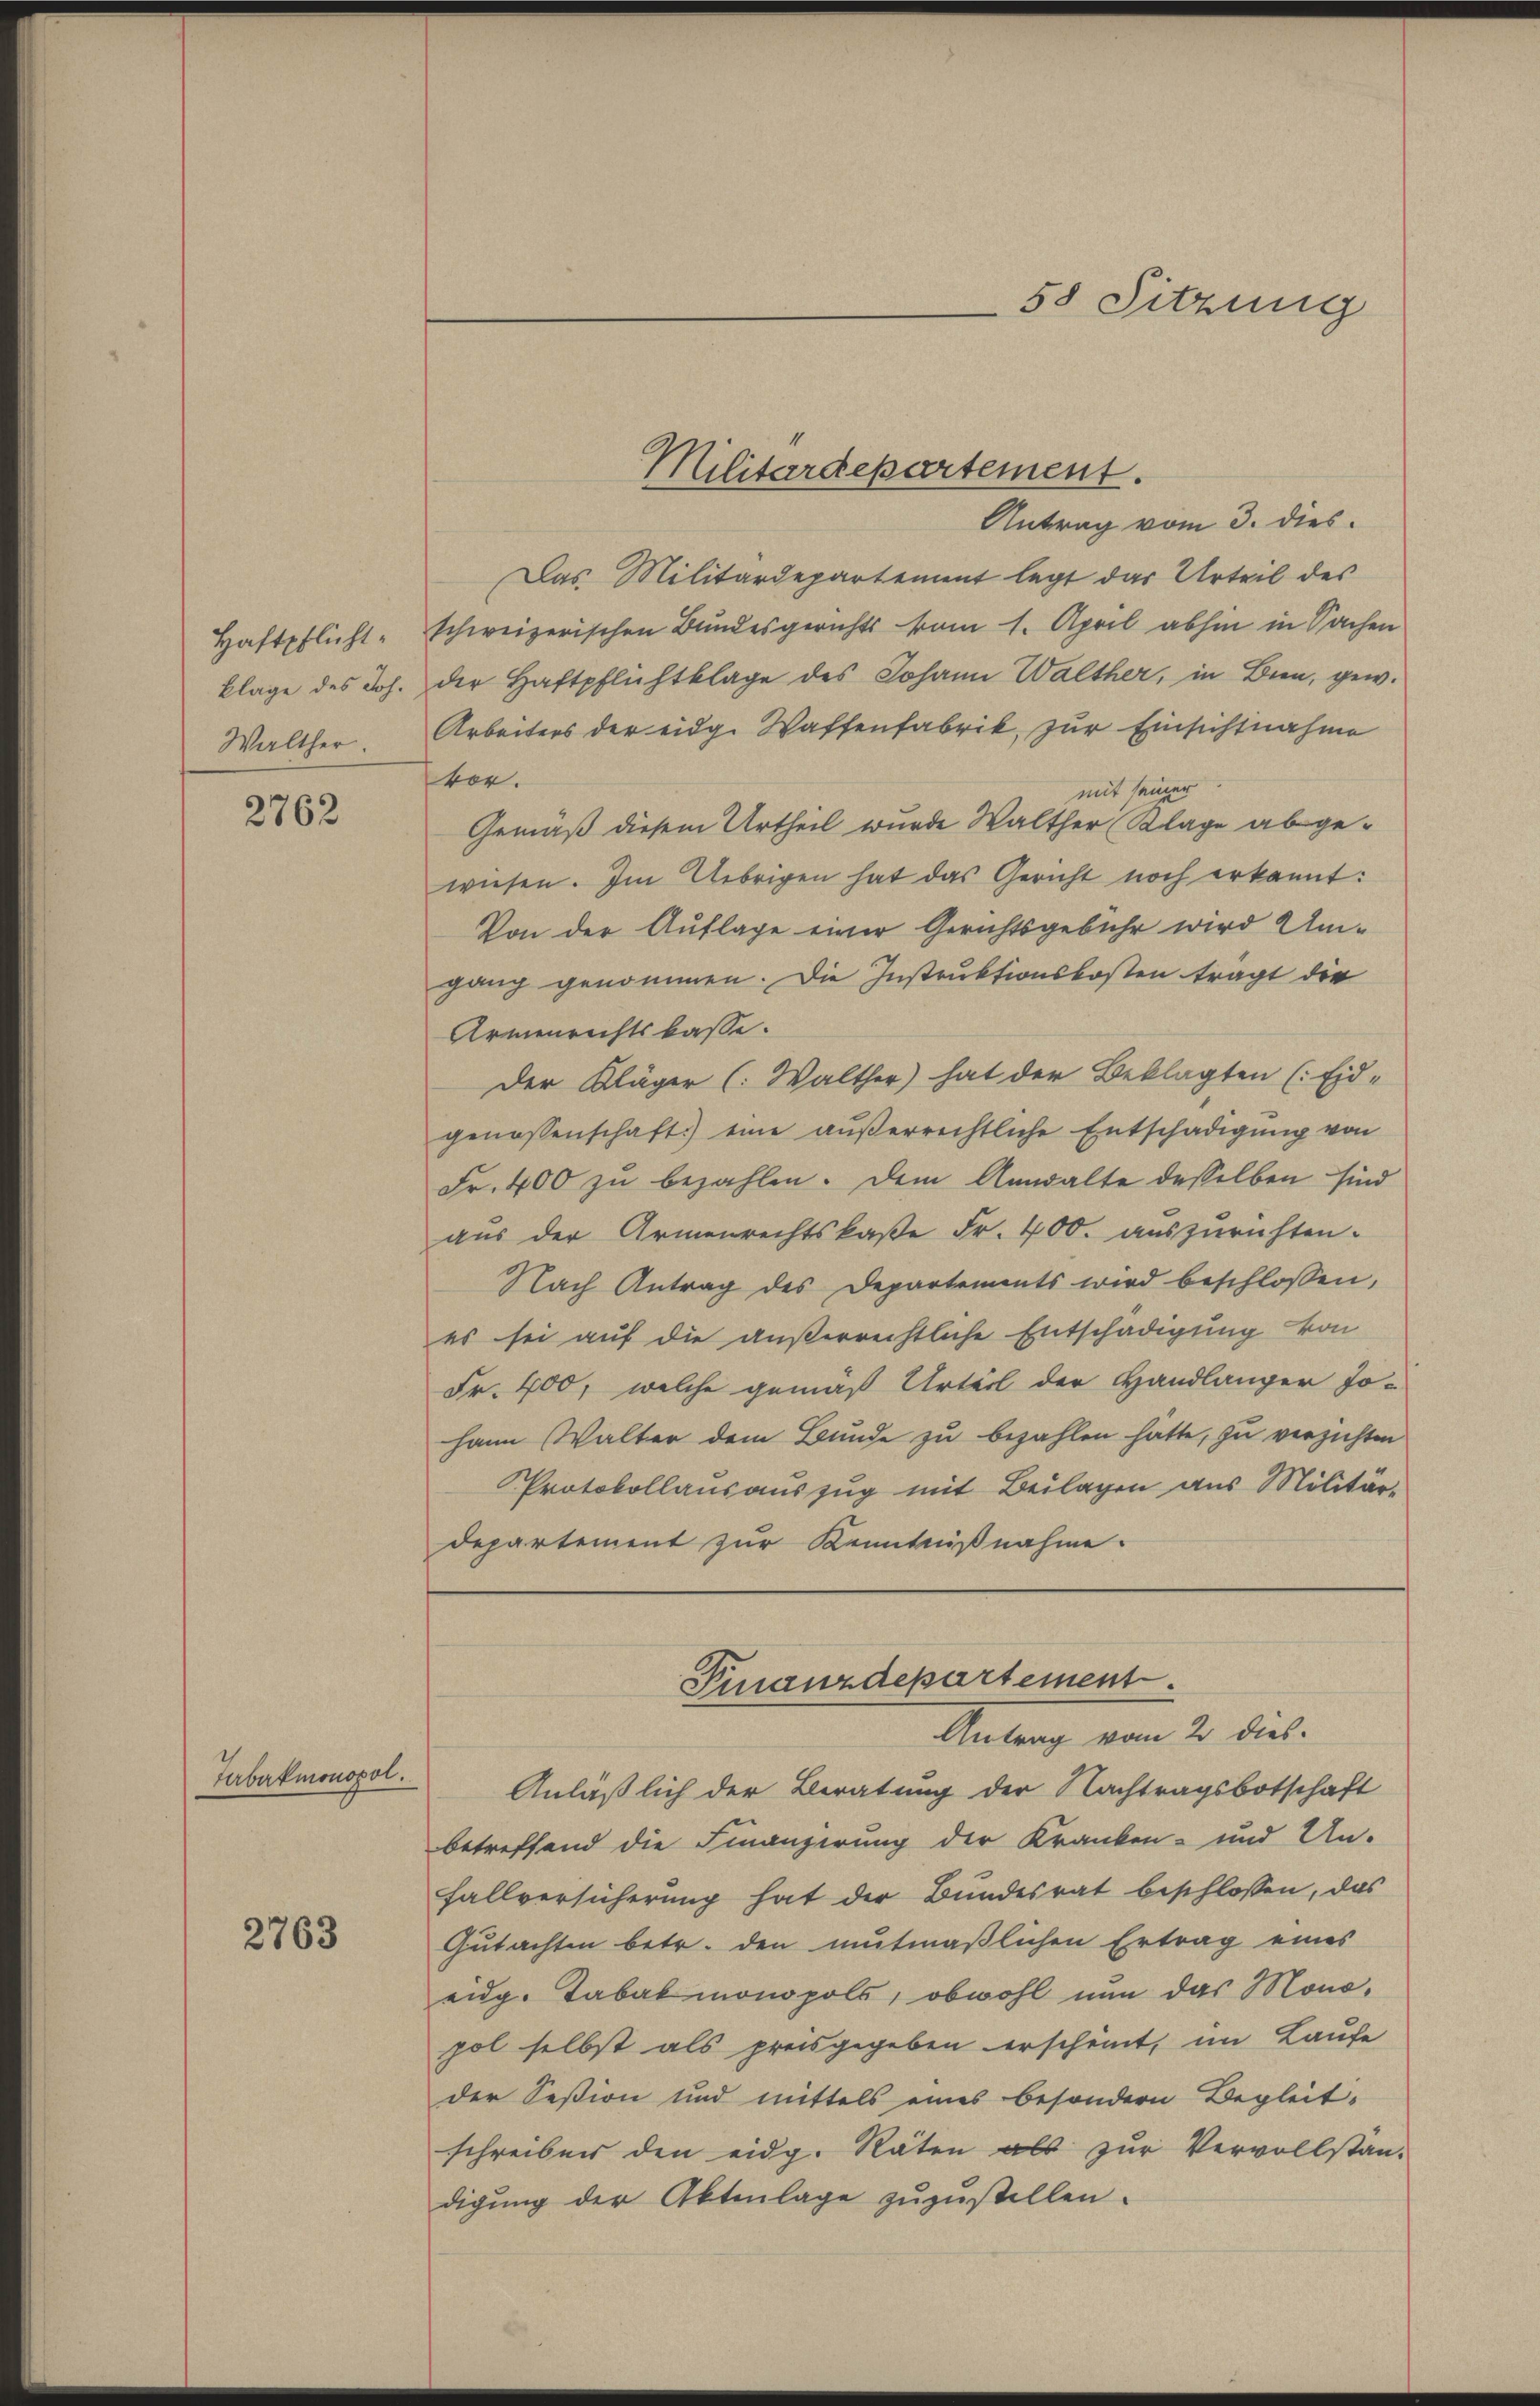
Haftpflicht
klage des Joh.
Walther.

2762

Tabakmonopol.

2763

Antrag vom 3. dies
Das Militärdepartement legt das Urteil des
schweizerischen Bundesgerichts vom 1. April abhin in Sachen
der Haftpflichtklage des Johann Walther, in Bien, gew.
Arbeiters der eidg. Waffenfabrik, zur Einsichtnahme
vor.
mit seiner
Gemäß diesem Urtheil wurde Walther Klage abgewiesen. Im Uebrigen hat das Gericht noch erkannt:
Von der Auflage einer Gerichtsgebühr wird Umgang genommen. Die Instruktionskosten tragt die
Armenrechtslasse.
Der Kläger (: Walther) hat der Beklagten (Eid-
genossenschaft) eine außerrechtliche Entschädigung von
Fr. 400 zu bezahlen. Dem Anwalte desselben sind
aus der Armenrechtskaße Fr. 400. auszurichten.
Nach Antrag des Departements wird beschlossen,
es sei auf die außerrechtliche Entschädigung von
Fr. 400, welche gemäß Urteil der Handlanger Jo-
hann Walter dem Bunde zu bezahlen hatte, zu verzichten
PProtokollausauszug mit Beilagen aus Militär-
departement zur Kenntnißnahme.

Militärdepartement.

58 Sitzung

Anläßlich der Beratung der Nachtragsbotschaft
betreffend die Finanzirung der Kranken- und Un-
fallversicherung hat der Bundesrat beschlossen, das
Gutachten betr. den mutmaßlichen Ertrag eines
eidg. Tabakmonopols, obwohl nun das Mono-
pol selbst als preisgegeben erscheint, im Laufe
der Session und mittels eines besondern Begleit-
schreiben den eidg. Räten als zur Vervollstän-
digung der Aktenlage zuzustellen.

Finanzdepartement
Antrag vom 2 dies